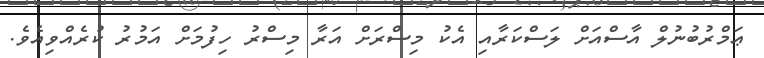
ޢަމްރުބުނުލް އާސްއަށް ލަސްކަރާއި އެކު މިސްރަށް އަރާ މިސްރު ހިފުމަށް އަމުރު ކުރެއްވިއެވެ.